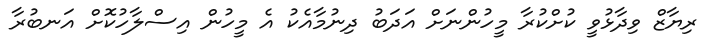
ރިޔާޒް ވިދާޅުވީ ކުށްކުރާ މީހުންނަށް އަދަބު ދިނުމާއެކު އެ މީހުން އިސްލާހުކޮށް އަނބުރާ